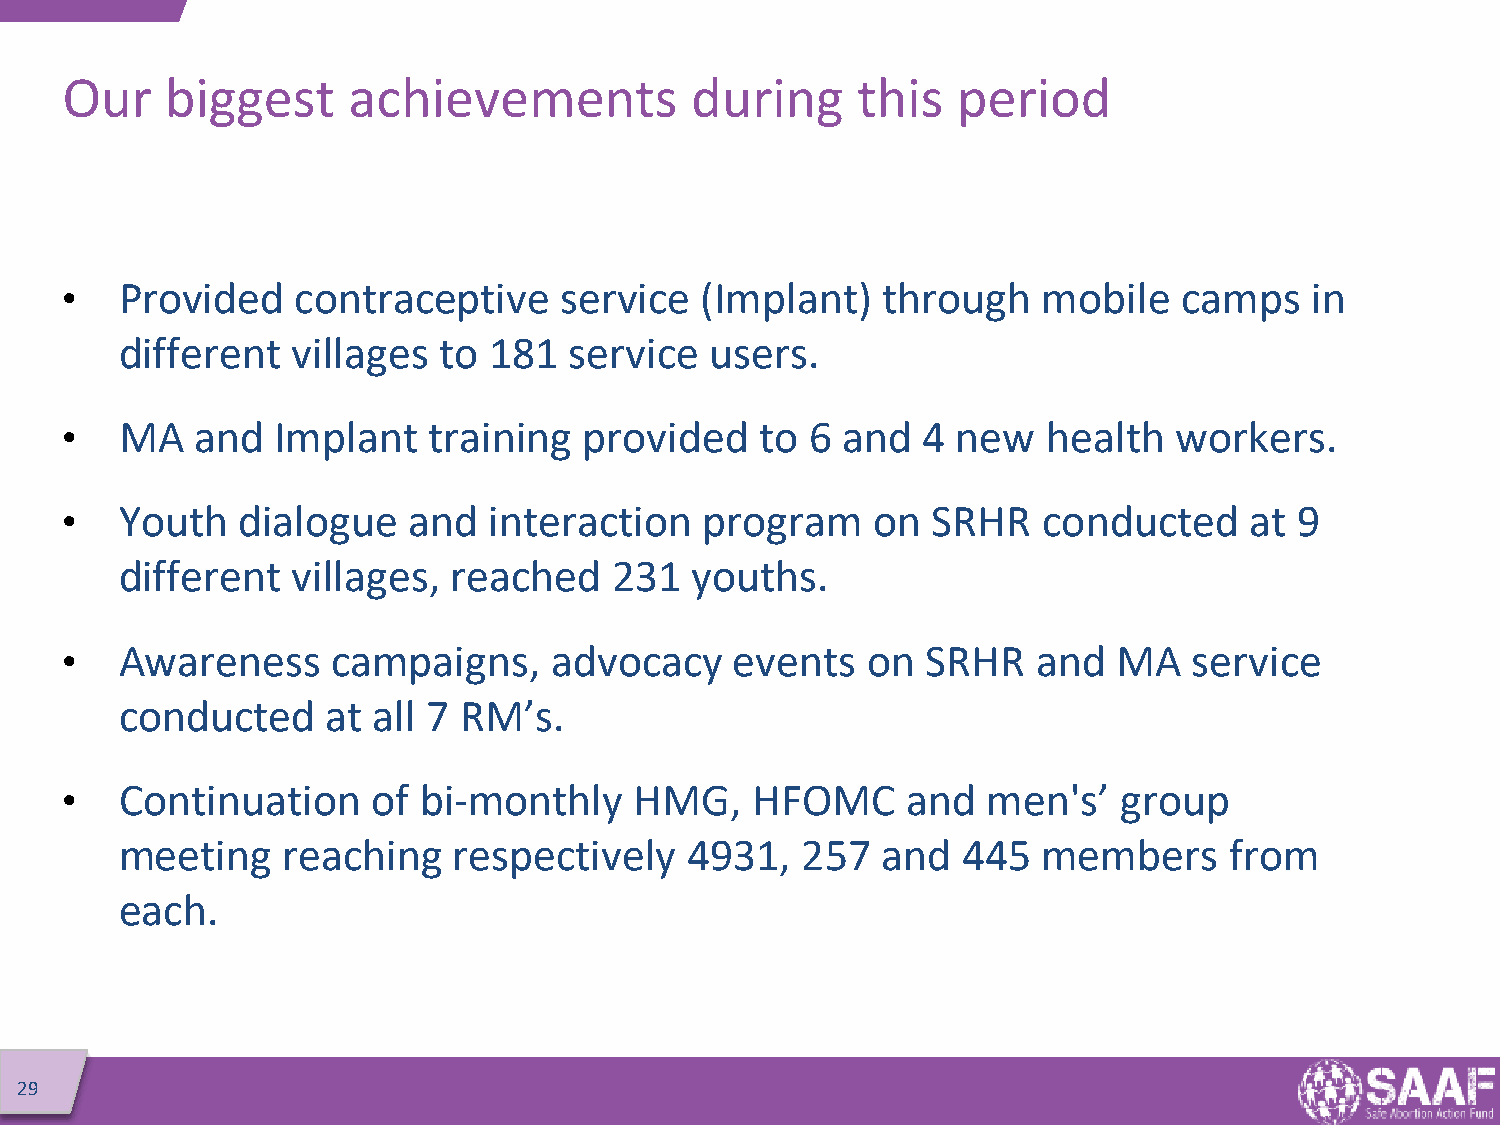
Our    biggest     achievements           during     this  period
 •   Provided   contraceptive     service  (Implant)   through    mobile   camps    in
 different  villages  to 181   service  users.
 •   MA   and  Implant   training   provided   to  6 and  4 new   health   workers.
 •   Youth   dialogue   and  interaction    program    on  SRHR   conducted     at 9
 different  villages,  reached   231   youths.
 •   Awareness     campaigns,    advocacy     events  on  SRHR    and  MA   service
 conducted     at all 7 RM’s.
 •   Continuation     of bi-monthly    HMG,    HFOMC     and  men's’   group
 meeting    reaching   respectively   4931,   257  and   445  members     from
 each.
 29